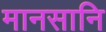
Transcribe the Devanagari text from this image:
मानसानि